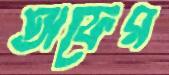
অফের